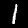
Label: 1